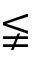
\lneqq